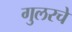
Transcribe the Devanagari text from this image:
गुलरचे